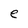
Character: e